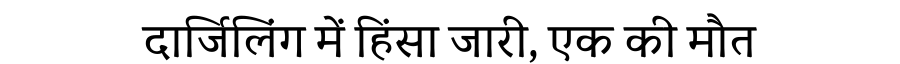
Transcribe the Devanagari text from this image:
दार्जिलिंग में हिंसा जारी, एक की मौत